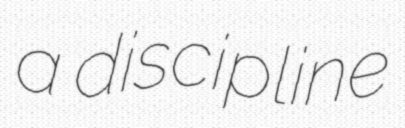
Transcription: a discipline